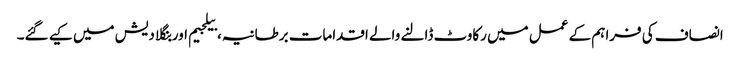
انصاف کی فراہم کے عمل میں رکاوٹ ڈالنے والے اقدامات برطانیہ، بیلجیم اور بنگلا دیش میں کیے گئے۔